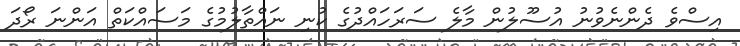
އިސްވެ ދެންނެވުނު އުސޫލުން މާލެ ސަރަހައްދުގެ ކުނި ނައްތާލުމުގެ މަސައްކަތް އަންނަ ރޯދަ